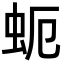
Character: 蚅